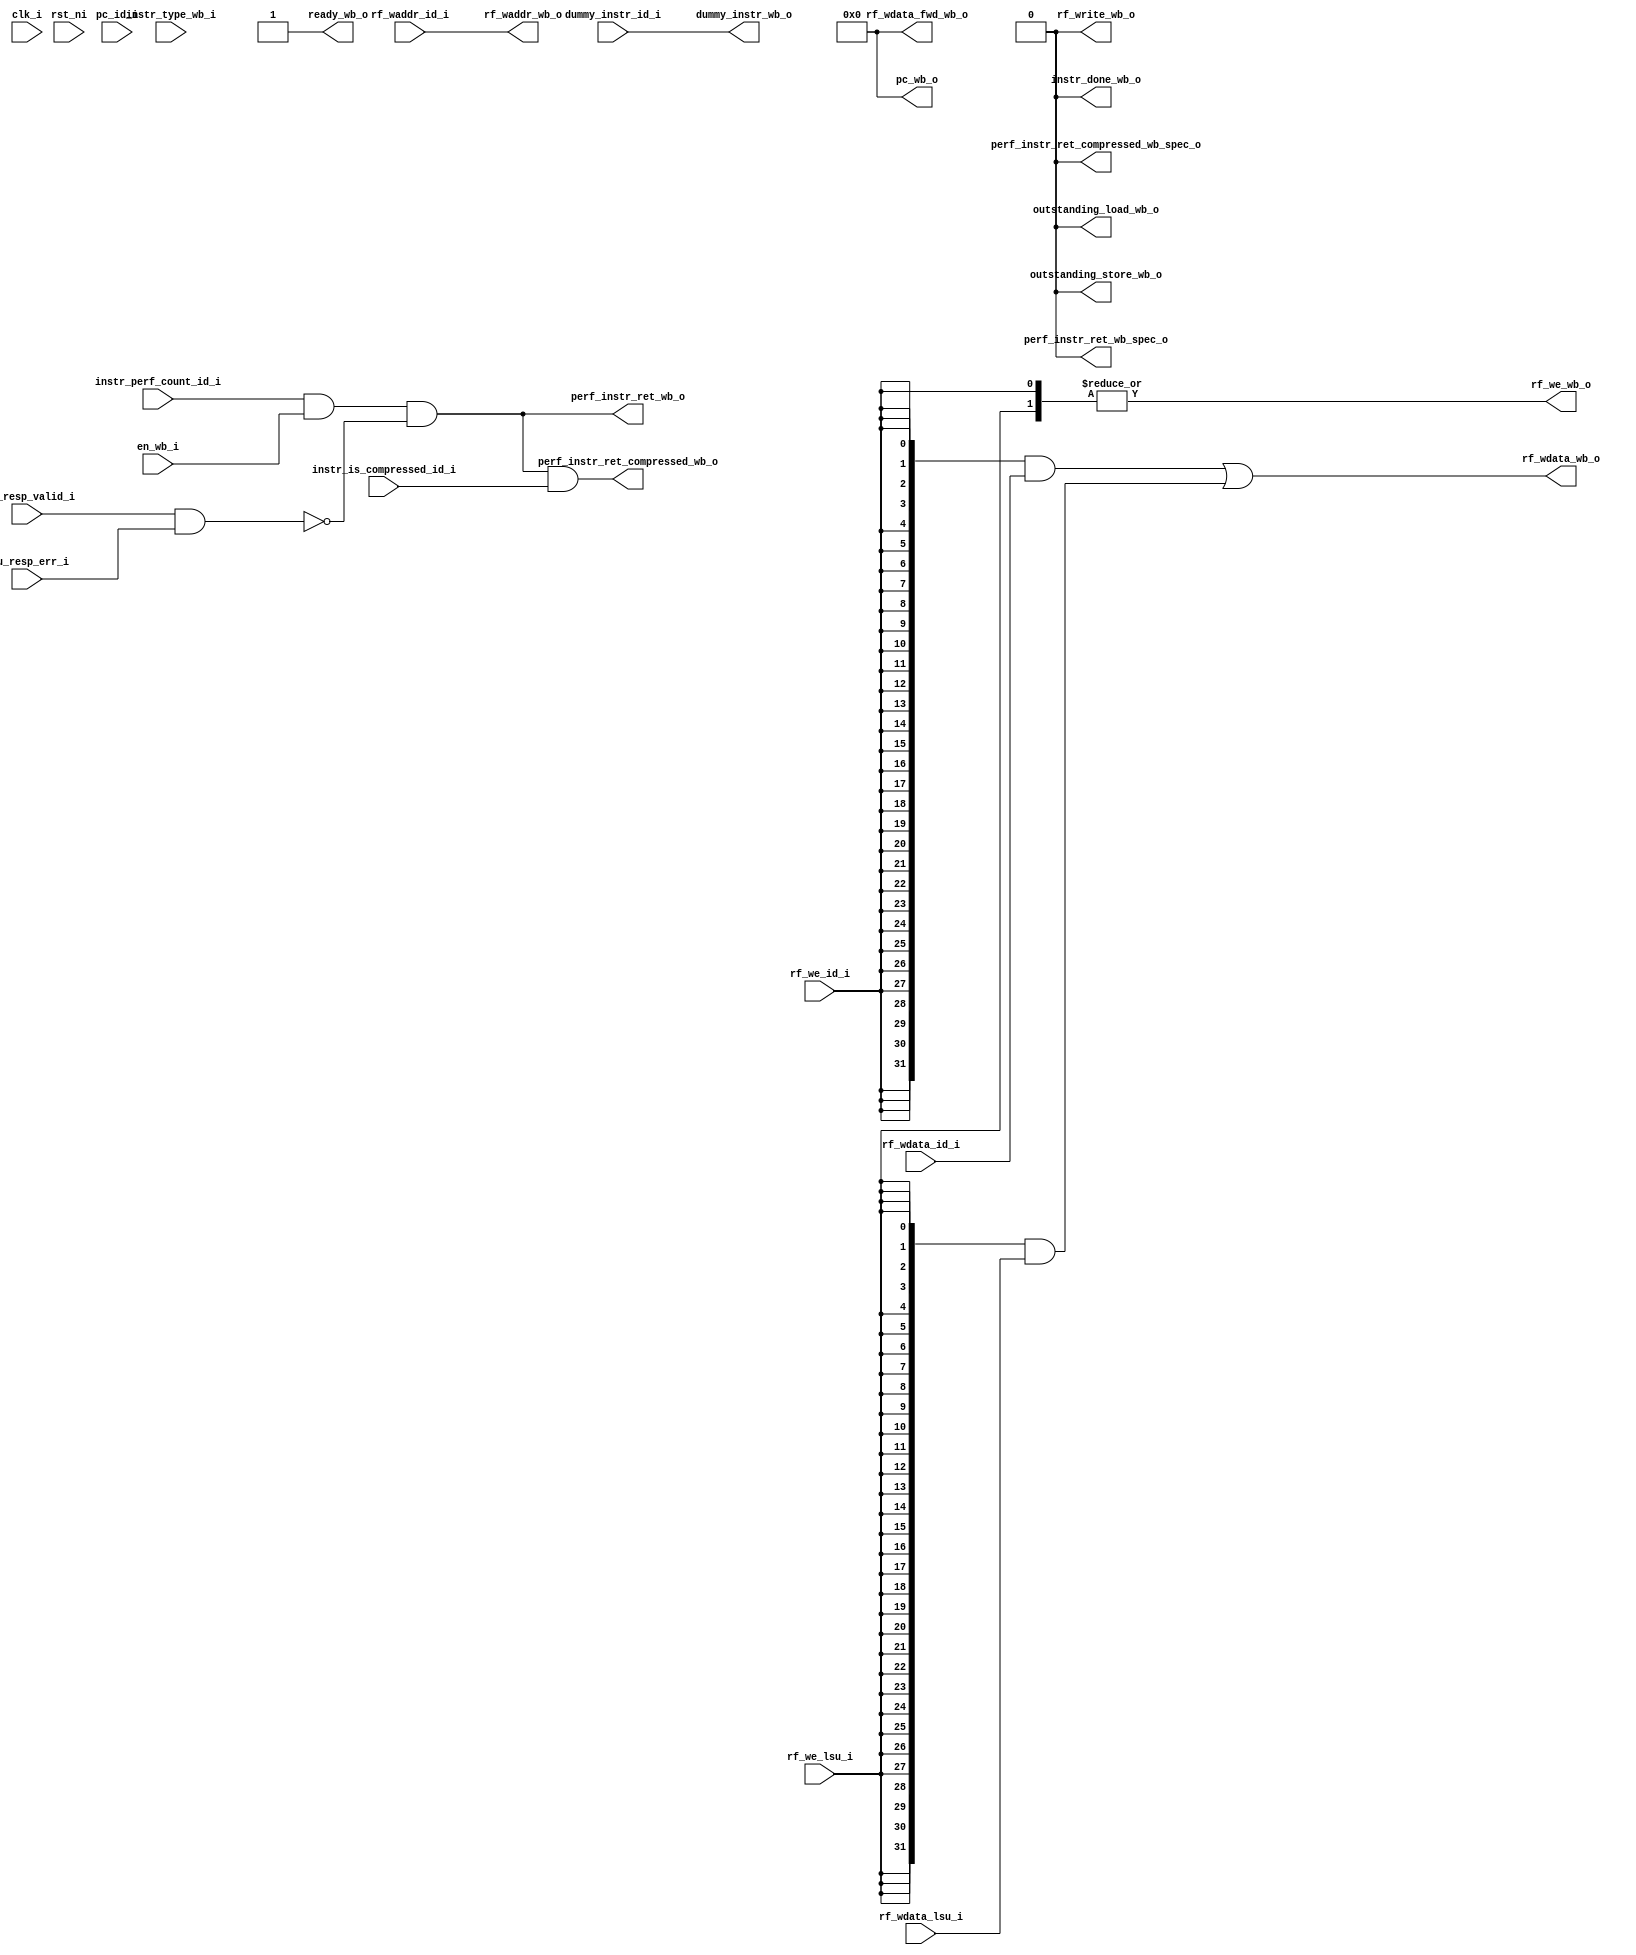
module ibex_wb_stage (
	clk_i,
	rst_ni,
	en_wb_i,
	instr_type_wb_i,
	pc_id_i,
	instr_is_compressed_id_i,
	instr_perf_count_id_i,
	ready_wb_o,
	rf_write_wb_o,
	outstanding_load_wb_o,
	outstanding_store_wb_o,
	pc_wb_o,
	perf_instr_ret_wb_o,
	perf_instr_ret_compressed_wb_o,
	perf_instr_ret_wb_spec_o,
	perf_instr_ret_compressed_wb_spec_o,
	rf_waddr_id_i,
	rf_wdata_id_i,
	rf_we_id_i,
	dummy_instr_id_i,
	rf_wdata_lsu_i,
	rf_we_lsu_i,
	rf_wdata_fwd_wb_o,
	rf_waddr_wb_o,
	rf_wdata_wb_o,
	rf_we_wb_o,
	dummy_instr_wb_o,
	lsu_resp_valid_i,
	lsu_resp_err_i,
	instr_done_wb_o
);
	parameter [0:0] ResetAll = 1'b0;
	parameter [0:0] WritebackStage = 1'b0;
	parameter [0:0] DummyInstructions = 1'b0;
	input wire clk_i;
	input wire rst_ni;
	input wire en_wb_i;
	input wire [1:0] instr_type_wb_i;
	input wire [31:0] pc_id_i;
	input wire instr_is_compressed_id_i;
	input wire instr_perf_count_id_i;
	output wire ready_wb_o;
	output wire rf_write_wb_o;
	output wire outstanding_load_wb_o;
	output wire outstanding_store_wb_o;
	output wire [31:0] pc_wb_o;
	output wire perf_instr_ret_wb_o;
	output wire perf_instr_ret_compressed_wb_o;
	output wire perf_instr_ret_wb_spec_o;
	output wire perf_instr_ret_compressed_wb_spec_o;
	input wire [4:0] rf_waddr_id_i;
	input wire [31:0] rf_wdata_id_i;
	input wire rf_we_id_i;
	input wire dummy_instr_id_i;
	input wire [31:0] rf_wdata_lsu_i;
	input wire rf_we_lsu_i;
	output wire [31:0] rf_wdata_fwd_wb_o;
	output wire [4:0] rf_waddr_wb_o;
	output wire [31:0] rf_wdata_wb_o;
	output wire rf_we_wb_o;
	output wire dummy_instr_wb_o;
	input wire lsu_resp_valid_i;
	input wire lsu_resp_err_i;
	output wire instr_done_wb_o;
	wire [31:0] rf_wdata_wb_mux [0:1];
	wire [1:0] rf_wdata_wb_mux_we;
	generate
		if (WritebackStage) begin : g_writeback_stage
			reg [31:0] rf_wdata_wb_q;
			reg rf_we_wb_q;
			reg [4:0] rf_waddr_wb_q;
			wire wb_done;
			reg wb_valid_q;
			reg [31:0] wb_pc_q;
			reg wb_compressed_q;
			reg wb_count_q;
			reg [1:0] wb_instr_type_q;
			wire wb_valid_d;
			assign wb_valid_d = (en_wb_i & ready_wb_o) | (wb_valid_q & ~wb_done);
			assign wb_done = (wb_instr_type_q == 2'd2) | lsu_resp_valid_i;
			always @(posedge clk_i or negedge rst_ni)
				if (!rst_ni)
					wb_valid_q <= 1'b0;
				else
					wb_valid_q <= wb_valid_d;
			if (ResetAll) begin : g_wb_regs_ra
				always @(posedge clk_i or negedge rst_ni)
					if (!rst_ni) begin
						rf_we_wb_q <= 1'sb0;
						rf_waddr_wb_q <= 1'sb0;
						rf_wdata_wb_q <= 1'sb0;
						wb_instr_type_q <= 2'd0;
						wb_pc_q <= 1'sb0;
						wb_compressed_q <= 1'sb0;
						wb_count_q <= 1'sb0;
					end
					else if (en_wb_i) begin
						rf_we_wb_q <= rf_we_id_i;
						rf_waddr_wb_q <= rf_waddr_id_i;
						rf_wdata_wb_q <= rf_wdata_id_i;
						wb_instr_type_q <= instr_type_wb_i;
						wb_pc_q <= pc_id_i;
						wb_compressed_q <= instr_is_compressed_id_i;
						wb_count_q <= instr_perf_count_id_i;
					end
			end
			else begin : g_wb_regs_nr
				always @(posedge clk_i)
					if (en_wb_i) begin
						rf_we_wb_q <= rf_we_id_i;
						rf_waddr_wb_q <= rf_waddr_id_i;
						rf_wdata_wb_q <= rf_wdata_id_i;
						wb_instr_type_q <= instr_type_wb_i;
						wb_pc_q <= pc_id_i;
						wb_compressed_q <= instr_is_compressed_id_i;
						wb_count_q <= instr_perf_count_id_i;
					end
			end
			assign rf_waddr_wb_o = rf_waddr_wb_q;
			assign rf_wdata_wb_mux[0] = rf_wdata_wb_q;
			assign rf_wdata_wb_mux_we[0] = rf_we_wb_q & wb_valid_q;
			assign ready_wb_o = ~wb_valid_q | wb_done;
			assign rf_write_wb_o = wb_valid_q & (rf_we_wb_q | (wb_instr_type_q == 2'd0));
			assign outstanding_load_wb_o = wb_valid_q & (wb_instr_type_q == 2'd0);
			assign outstanding_store_wb_o = wb_valid_q & (wb_instr_type_q == 2'd1);
			assign pc_wb_o = wb_pc_q;
			assign instr_done_wb_o = wb_valid_q & wb_done;
			assign perf_instr_ret_wb_spec_o = wb_count_q;
			assign perf_instr_ret_compressed_wb_spec_o = perf_instr_ret_wb_spec_o & wb_compressed_q;
			assign perf_instr_ret_wb_o = (instr_done_wb_o & wb_count_q) & ~(lsu_resp_valid_i & lsu_resp_err_i);
			assign perf_instr_ret_compressed_wb_o = perf_instr_ret_wb_o & wb_compressed_q;
			assign rf_wdata_fwd_wb_o = rf_wdata_wb_q;
			assign rf_wdata_wb_mux_we[1] = outstanding_load_wb_o & rf_we_lsu_i;
			if (DummyInstructions) begin : g_dummy_instr_wb
				reg dummy_instr_wb_q;
				if (ResetAll) begin : g_dummy_instr_wb_regs_ra
					always @(posedge clk_i or negedge rst_ni)
						if (!rst_ni)
							dummy_instr_wb_q <= 1'b0;
						else if (en_wb_i)
							dummy_instr_wb_q <= dummy_instr_id_i;
				end
				else begin : g_dummy_instr_wb_regs_nr
					always @(posedge clk_i)
						if (en_wb_i)
							dummy_instr_wb_q <= dummy_instr_id_i;
				end
				assign dummy_instr_wb_o = dummy_instr_wb_q;
			end
			else begin : g_no_dummy_instr_wb
				wire unused_dummy_instr_id;
				assign unused_dummy_instr_id = dummy_instr_id_i;
				assign dummy_instr_wb_o = 1'b0;
			end
		end
		else begin : g_bypass_wb
			assign rf_waddr_wb_o = rf_waddr_id_i;
			assign rf_wdata_wb_mux[0] = rf_wdata_id_i;
			assign rf_wdata_wb_mux_we[0] = rf_we_id_i;
			assign rf_wdata_wb_mux_we[1] = rf_we_lsu_i;
			assign dummy_instr_wb_o = dummy_instr_id_i;
			assign perf_instr_ret_wb_spec_o = 1'b0;
			assign perf_instr_ret_compressed_wb_spec_o = 1'b0;
			assign perf_instr_ret_wb_o = (instr_perf_count_id_i & en_wb_i) & ~(lsu_resp_valid_i & lsu_resp_err_i);
			assign perf_instr_ret_compressed_wb_o = perf_instr_ret_wb_o & instr_is_compressed_id_i;
			assign ready_wb_o = 1'b1;
			wire unused_clk;
			wire unused_rst;
			wire [1:0] unused_instr_type_wb;
			wire [31:0] unused_pc_id;
			wire unused_dummy_instr_id;
			assign unused_clk = clk_i;
			assign unused_rst = rst_ni;
			assign unused_instr_type_wb = instr_type_wb_i;
			assign unused_pc_id = pc_id_i;
			assign unused_dummy_instr_id = dummy_instr_id_i;
			assign outstanding_load_wb_o = 1'b0;
			assign outstanding_store_wb_o = 1'b0;
			assign pc_wb_o = 1'sb0;
			assign rf_write_wb_o = 1'b0;
			assign rf_wdata_fwd_wb_o = 32'b00000000000000000000000000000000;
			assign instr_done_wb_o = 1'b0;
		end
	endgenerate
	assign rf_wdata_wb_mux[1] = rf_wdata_lsu_i;
	assign rf_wdata_wb_o = ({32 {rf_wdata_wb_mux_we[0]}} & rf_wdata_wb_mux[0]) | ({32 {rf_wdata_wb_mux_we[1]}} & rf_wdata_wb_mux[1]);
	assign rf_we_wb_o = |rf_wdata_wb_mux_we;
endmodule